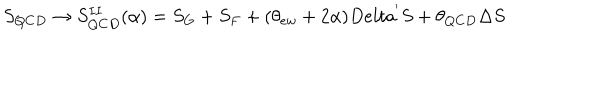
S _ { Q C D } \rightarrow S _ { Q C D } ^ { I I } ( \alpha ) = S _ { G } + S _ { F } + ( \theta _ { e w } + 2 \alpha ) D e l t a ^ { ' } S + \theta _ { Q C D } \Delta S